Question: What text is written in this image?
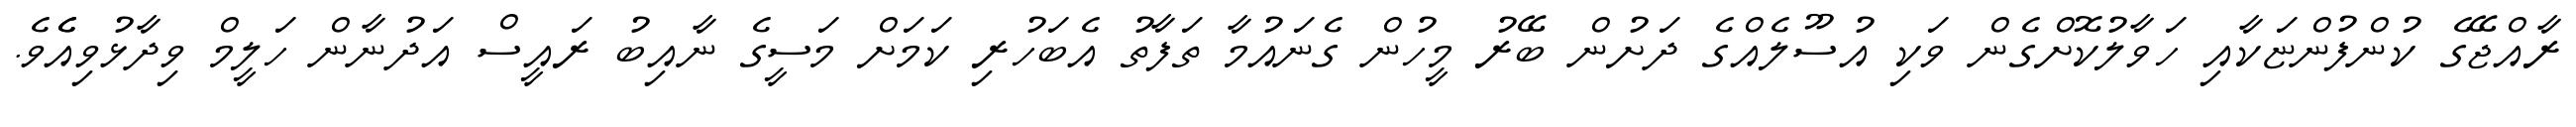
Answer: ރާއްޖޭގެ ކުންފުންޏަކާއި ހަވާލުކޮށްގެން ވަކި އުސޫލެއްގެ ދަށުން ބޭރު މީހުން ގެނައުމާ ތަފާތު އެބަހުރި ކަމަށް މަސީގެ ނާއިބު ރައީސް އަދުނާން ހަލީމް ވިދާޅުވިއެެވެ.